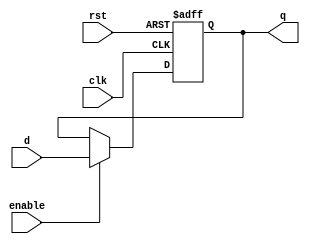
//Jos Alejandro Rodrguez Porras 19131
//Electrnica Digital 1
//Proyecto 2 uP
//Mdulo del flip flop D de 1 bit
module FFD1(input clk, rst, enable, d, output reg q);
    always @ (posedge clk or posedge rst) begin
        if (rst)
            q <= 0;
        else if (enable)
            q <= d;
        end 
endmodule
//Mdulo del flip flop D de 2 bits
module FFD2(input clk, rst, enable, input [1:0]d, output reg [1:0]q);
    always @ (posedge clk or posedge rst) begin
        if (rst)
            q <= 2'b0;
        else if (enable)
            q <= d;
        end 
endmodule
//Mdulo del flip flop D de 4 bits
module FFD4(input clk, rst, enable, input [3:0]d, output reg [3:0]q);
    always @ (posedge clk or posedge rst) begin
        if (rst)
            q <= 4'b0;
        else if (enable)
            q <= d;
        end 
endmodule

//Mdulo del flip flop de 8 bits con dos salidas separadas de 4 bits
module FFD8(input wire clk, rst, enable, input wire [7:0]d, output wire [3:0]q1, output wire [3:0]q0);
    FFD4 f1(clk, rst, enable, d[7:4], q1);
    FFD4 f2(clk, rst, enable, d[3:0], q0);
endmodule

//Flip Flop tipo T con Enable para el Phase
module FFT(input wire clk, rst, enable, output wire q);
    FFD1 ffd1(clk, rst, enable, ~q, q);
endmodule

//Buffer Triestado de 4 bits
module tribuf4(input wire enable, input wire [3:0]in, output wire [3:0]out);
    assign out = (enable) ? in:4'bz;
endmodule

//Mdulo del counter
module upcounter(input clk, rst, enabled, load, input [11:0]loadvalue, output reg [11:0]counter);
    // reset asncrono
    always @ (posedge clk or posedge rst) begin
        if (rst)
            counter = 12'b0;
            // El reset pone todos los bits en 0.
        else if (load)
            counter = loadvalue;
            // El Load asigna un valor especfico(Loadvalue) al contador mientras Load sea igual a 1
        else if (enabled)
            counter = counter + 1;
            //Mientras el enabled est activado el counter sube 1 cada flanco positivo de reloj
    end

endmodule

//Memoria ROM de 4k x 8
//input es la direccin de memoria en la que se guarda el valor
//output es el dato que se almacena en la direccin
module rom(input wire [11:0]direccion, output wire [7:0]data);
    reg [7:0] memoria[0:4095];
    initial begin 
    // readmemb lee el archivo lista y almacena sus datos en una variable
        $readmemh("memory.list", memoria);
    end
    //asignacin del dato en la direccin de la memoria
    assign data = memoria[direccion];
endmodule

//ALU de 4 bits del proyecto con inputs A, B como operandos, y op para elegir la operacin que se desea realizar
//C y Zero son las banderas que se activan cuando hay overflow o la salida es 0 respectivamente
//S representa la salida de la ALU
module alu(input [3:0] A, B, input [2:0] op, output C, Zero, output [3:0]out);
    //Variable interna de salida de la operacin
    //El quinto bit es para indicar overflow
    reg [4:0] pseudoout;
    //case para realizar la operacin indicada dependiendo de la combinacin de op y se actualiza cada vez que cambia A, B o op.
    always @ (A, B, op)
        case (op)
            3'b000: pseudoout = A; //Dejar pasar A
            3'b001: pseudoout = A - B; //Comparar A y B (Resta A-B)
            3'b010: pseudoout = B; //Dejar pasar B
            3'b011: pseudoout = A + B; // Sumar A y B
            3'b100: pseudoout = {1'b0, ~(A & B)}; //NAND entre a y B
            default: pseudoout = 5'b10101; //Default
        endcase
    //Asignacin de las salidas con los bits de la variable interna de operacin
    //Asigna del bit 4 al 0 de la variable interna a la salida de la ALU
    assign out = pseudoout[3:0];
    //Asigna el bit 5 para la bandera de carry cuando hay overflow
    assign C = pseudoout[4];
    //Identifica cuando el bit 4 al 0 todos son 0s, es decir la bandera Zero solo se activa cuando la salida de la operacin es 0000.
    assign Zero = ~(pseudoout[3] | pseudoout[2] | pseudoout[1] | pseudoout[0]);
    
endmodule

//Mdulo del decode, con el que se controlan todas las seales del procesador
//los inputs son los bits de instruccion, carry, zero y phase concatenados
//los outputs son para incPC, loadPC, loadA, loadFlags, S2, S1, S0, csRAM, weRAM, oeALU, oeIN, oeOprnd, loadOut respectivamente
//con lo que se controlan muchos de los enables de cada submdulos
//Es como el cerebro del microprocesador debido a que con este se controlan todas las seales
module decode(input [6:0]direccion, output [12:0]controlS);
    //variable interna para la salida del decoder 
    reg [12:0] pseudocontrolS;
    //siempre que haya un cambio en la combinacin de la direccin de inputs se actualiza la variable interna de salida usando un casez
    always @ (direccion)
        casex(direccion)
            // any
            7'bxxxx_xx0: pseudocontrolS <= 13'b1000000001000;
            // JC
            7'b0000_1x1: pseudocontrolS <= 13'b0100000001000;
            7'b0000_0x1: pseudocontrolS <= 13'b1000000001000;
            // JNC
            7'b0001_1x1: pseudocontrolS <= 13'b1000000001000;
            7'b0001_0x1: pseudocontrolS <= 13'b0100000001000;
            // CMPI
            7'b0010_xx1: pseudocontrolS <= 13'b0001001000010;
            // CMPM
            7'b0011_xx1: pseudocontrolS <= 13'b1001001100000;
            // LIT
            7'b0100_xx1: pseudocontrolS <= 13'b0011010000010;
            // IN
            7'b0101_xx1: pseudocontrolS <= 13'b0011010000100;
            // LD
            7'b0110_xx1: pseudocontrolS <= 13'b1011010100000;
            // ST
            7'b0111_xx1: pseudocontrolS <= 13'b1000000111000;
            // JZ
            7'b1000_x11: pseudocontrolS <= 13'b0100000001000;
            7'b1000_x01: pseudocontrolS <= 13'b1000000001000;
            // JNZ
            7'b1001_x11: pseudocontrolS <= 13'b1000000001000;
            7'b1001_x01: pseudocontrolS <= 13'b0100000001000;
            // ADDI
            7'b1010_xx1: pseudocontrolS <= 13'b0011011000010;
            // ADDM
            7'b1011_xx1: pseudocontrolS <= 13'b1011011100000;
            // JMP
            7'b1100_xx1: pseudocontrolS <= 13'b0100000001000;
            // OUT
            7'b1101_xx1: pseudocontrolS <= 13'b0000000001001;
            // NANDI
            7'b1110_xx1: pseudocontrolS <= 13'b0011100000010;
            // NANDM
            7'b1111_xx1: pseudocontrolS <= 13'b1011100100000;
            default: pseudocontrolS <= 13'b1111111111111;
        endcase
    //se asigna el valor de la variable interna de salida a la variable externa de salida controlS    
    assign controlS = pseudocontrolS;
endmodule

//Mdulo de la RAM, con input de la direccin address_RAM, resultado de la concatenacin de oprnd y program_byte 
//El data_bus es un inout ya que funciona como input cuando el write enable es 1 y el chip select es 1
//El data_bus es un output cuando el writeenable es 0 y el chip select es 1.
//chip select es csRAM y write enable es weRAM
module ram(input [11:0]address_RAM, inout [3:0]data_bus, input csRAM, weRAM);
    //Variable interna de bus de salida
    reg [3:0]data_out;
    //Memoria ram
    reg [3:0] mem[0:4095];
    //asignacin de la variable externa de bus de salida dependiendo de la condicin
    //si solo chip select est activado se actualiza con el valor de la variable interna
    //si write enable est activado la salida se pone en alta impedancia
    assign data_bus = (csRAM && !weRAM) ? data_out : 4'bz;
    //Con el bloque always se incluye en la lista de sensibilidad la direccin, el bus de datos, el chip select y el write enable
    always @ (address_RAM or data_bus or csRAM or weRAM) begin
        //Si chip select y write enable estn en 1, entonces se le asigna al valor del data_bus, como input al address_RAM
        //Funcin write 
        if (csRAM && weRAM) begin 
            mem[address_RAM] = data_bus;
        end
        //Si el chip select est en 1 y write enable en 0, entonces se le asigna el valor de la direccin a la variable de salida de bus interna 
        //Funcin read
        if (csRAM && !weRAM) begin 
            data_out = mem[address_RAM];
        end
    end
endmodule

//Mdulo uP completo
module uP(input clock, reset, input [3:0]pushbuttons, output wire phase, c_flag, z_flag, output wire [3:0]instr, output wire [3:0]oprnd, output wire [3:0]accu,
output wire [3:0]data_bus, output wire [3:0]FF_out, output wire [7:0]program_byte, output wire [11:0]PC, output wire [11:0]address_RAM);
    
    //Cables internos 
    //outputs de la tabla
    // Program counter/ Accu/ Flags c y z/ op de ALU/      RAM    / ALU   /inputs/ oprnd/ outputs / flags 
    wire incPC, loadPC, loadA, loadFlags, S2, S1, S0, csRAM, weRAM, oeALU, oeIN, oeOprnd, loadOut, C, Zero;
    //Salida de la ALU
    wire [3:0]ALUout;
    //concatenacin del operando y el program_byte para formar el address_RAM
    assign address_RAM = {oprnd, program_byte};
    //ingreso de las variables respectivas al program counter cuya salida es PC
    upcounter PROGRAMCOUNTER(clock, reset, incPC, loadPC, address_RAM, PC);
    //ingreso del input de PC y salida de program_byte a la rom
    rom ROM(PC, program_byte);
    //ingreso de las variables respectivas al fetch, donde el fetch se habilita cuando el phase es 0 nicamente, debido a que su enable es ~phase
    FFD8 FETCH(clock, reset, ~phase, program_byte, instr, oprnd);
    //ingreso de variables al modulo fetch, con 1'b1 ingresado en el enable para que que siempre est activo,  funcionando como un clock con doble perodo
    //ya que un ciclo de phase dura dos ciclos de reloj
    FFT PHASE(clock, reset, 1'b1, phase);
    //Ingreso de variables respectivas al a ram
    ram RAM(address_RAM, data_bus, csRAM, weRAM);
    //Ingreso de inputs concatenados y outputs concatenados del decode
    decode DECODE({instr, c_flag, z_flag, phase}, {incPC, loadPC, loadA, loadFlags, S2, S1, S0, csRAM, weRAM, oeALU, oeIN, oeOprnd, loadOut});
    //buffer triestado para el bus del operando proveniente de la salida del fetch, y cuya salida es el data_bus
    tribuf4 BUSOPRND(oeOprnd, oprnd, data_bus);
    //ALU del proyecto con la combinacin de op S2, S1 y S0 concatenada y cuya salida es el cable ALUout
    alu ALU(accu, data_bus,  {S2, S1, S0}, C, Zero, ALUout);
    //mdulo de acumulador con respectivos enables
    FFD4 ACCU(clock, reset, loadA, ALUout, accu);
    //buffer triestado para la salida de la alu, donde ALUout es un input y data_bus es la salida
    tribuf4 BUSALU(oeALU, ALUout, data_bus);
    //flip flop de 2 bits para las banderas de Carry y Zero, concatenadas para el input, y que tienen como output c_flag y z_flag concatenadas
    FFD2 FLAGS(clock, reset, loadFlags, {C, Zero}, {c_flag, z_flag});
    //flip flop de 4 bits para el mdulo de outputs, teniendo como entrada el data_bus y salida el FF_out. 
    FFD4 OUTPUTS(clock, reset, loadOut, data_bus, FF_out);
    //buffer triestado para el bus del mdulo inputs, con entrada de 4 bits de pushbuttons y 4 bits salida de data_bus.
    tribuf4 BUSIN(oeIN, pushbuttons, data_bus);

endmodule